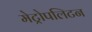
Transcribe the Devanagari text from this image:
मेट्रोपलिटन